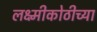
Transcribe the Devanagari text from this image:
लक्ष्मीकोठीच्या